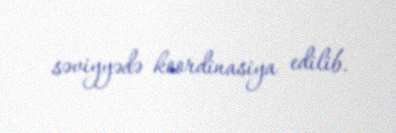
səviyyədə koordinasiya edilib.